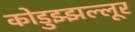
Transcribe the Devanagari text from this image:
कोडुझ्झल्लूर